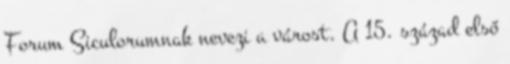
Forum Siculorumnak nevezi a várost. A 15. század első